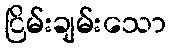
ငြိမ်းချမ်းသော